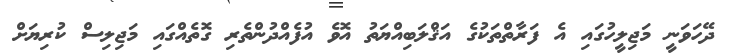
ދޭހަވަނީ މަޖިލީހުގައި އެ ފަރާތްތަކުގެ އަޤްލަބިއްޔަތު އޮވެ އުފެއްދުންތެރި ގޮތެއްގައި މަޖިލިސް ކުރިޔަށް